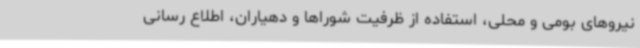
نیروهای بومی و محلی، استفاده از ظرفیت شوراها و دهیاران، اطلاع رسانی